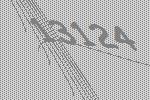
13124